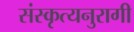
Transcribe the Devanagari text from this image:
संस्कृत्यनुरागी